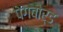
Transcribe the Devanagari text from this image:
पेगबोर्ड